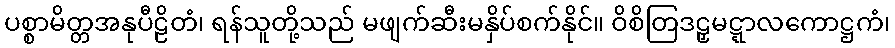
ပစ္စာမိတ္တအနုပီဠိတံ၊ ရန်သူတို့သည် မဖျက်ဆီးမနှိပ်စက်နိုင်။ ဝိစိတြဒဠှမဋ္ဋာလကောဋ္ဌကံ၊